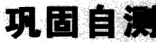
巩固自